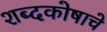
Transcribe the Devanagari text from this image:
शब्दकोषाचे